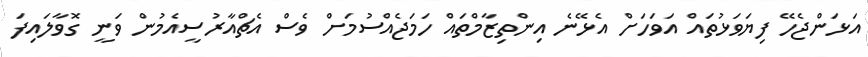
އަޅަންޖެހޭ ފިޔަވަޅުތައް އަވަހަށް އެޅޭނެ އިންތިޒާމްތައް ހަމަޖެއްސުމަށް ވެސް އެޗްއާރުސީއެމުން ވަނީ ގޮވާލައިފަ